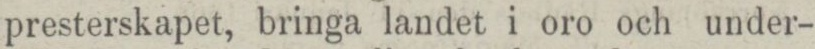
presterskapet, bringa landet i oro och under-